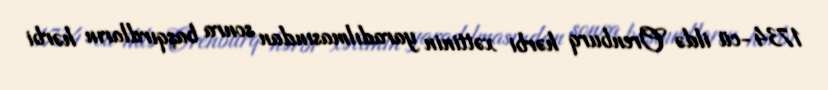
1734-cü ildə Orenburq hərbi xəttinin yaradılmasından sonra başqırdların hərbi